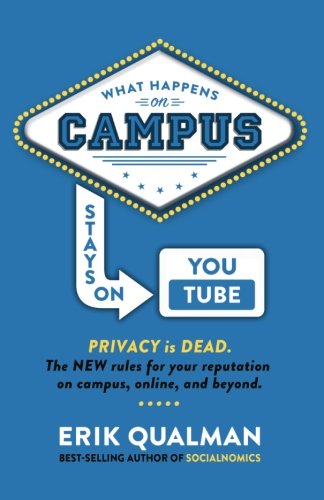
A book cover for What Happens on Campus Stays on YouTube; Erik Qualman; Computers & Technology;